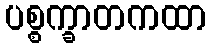
ပစ္စက္ခာတကထာ